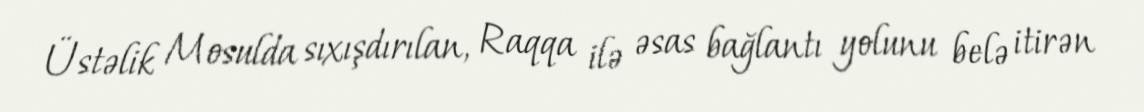
Üstəlik Mosulda sıxışdırılan, Raqqa ilə əsas bağlantı yolunu belə itirən